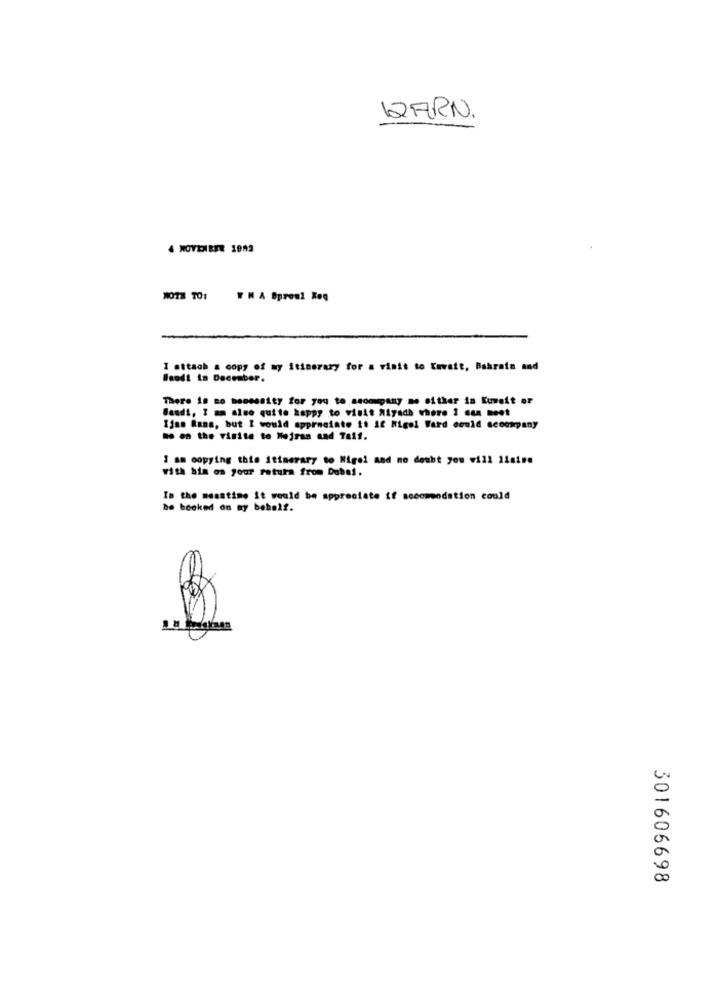
12ARN.
4 NOVEIBEZ 1992
MOTH TO: Y M A Sproul Req
I attach a copy of my itinerary for a visit to Kuvait, Bahrain and
Bsodi in December.
There 18 no booessity for you to ascompany me either in Kuwait or
Bandi, I am also quite happy to visit Riyadh where I can meet
Ijan Rama, but I would appreciate it Af Nigel Fard could accompany
no on the rinite to Nejran and Taif.
I am copying this itinerary to Nigel and no doubt you will 1isine
with bin on your rotura from Dubai.
In the meantime it would be appreciate if secomeodstion could
be booked on my behalf.
301606698